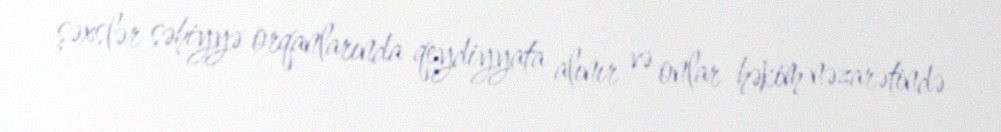
şəxslər səhiyyə orqanlarında qeydiyyata alınır və onlar həkim nəzarətində